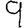
Digit: 9